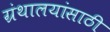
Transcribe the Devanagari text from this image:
ग्रंथालयांसाठी